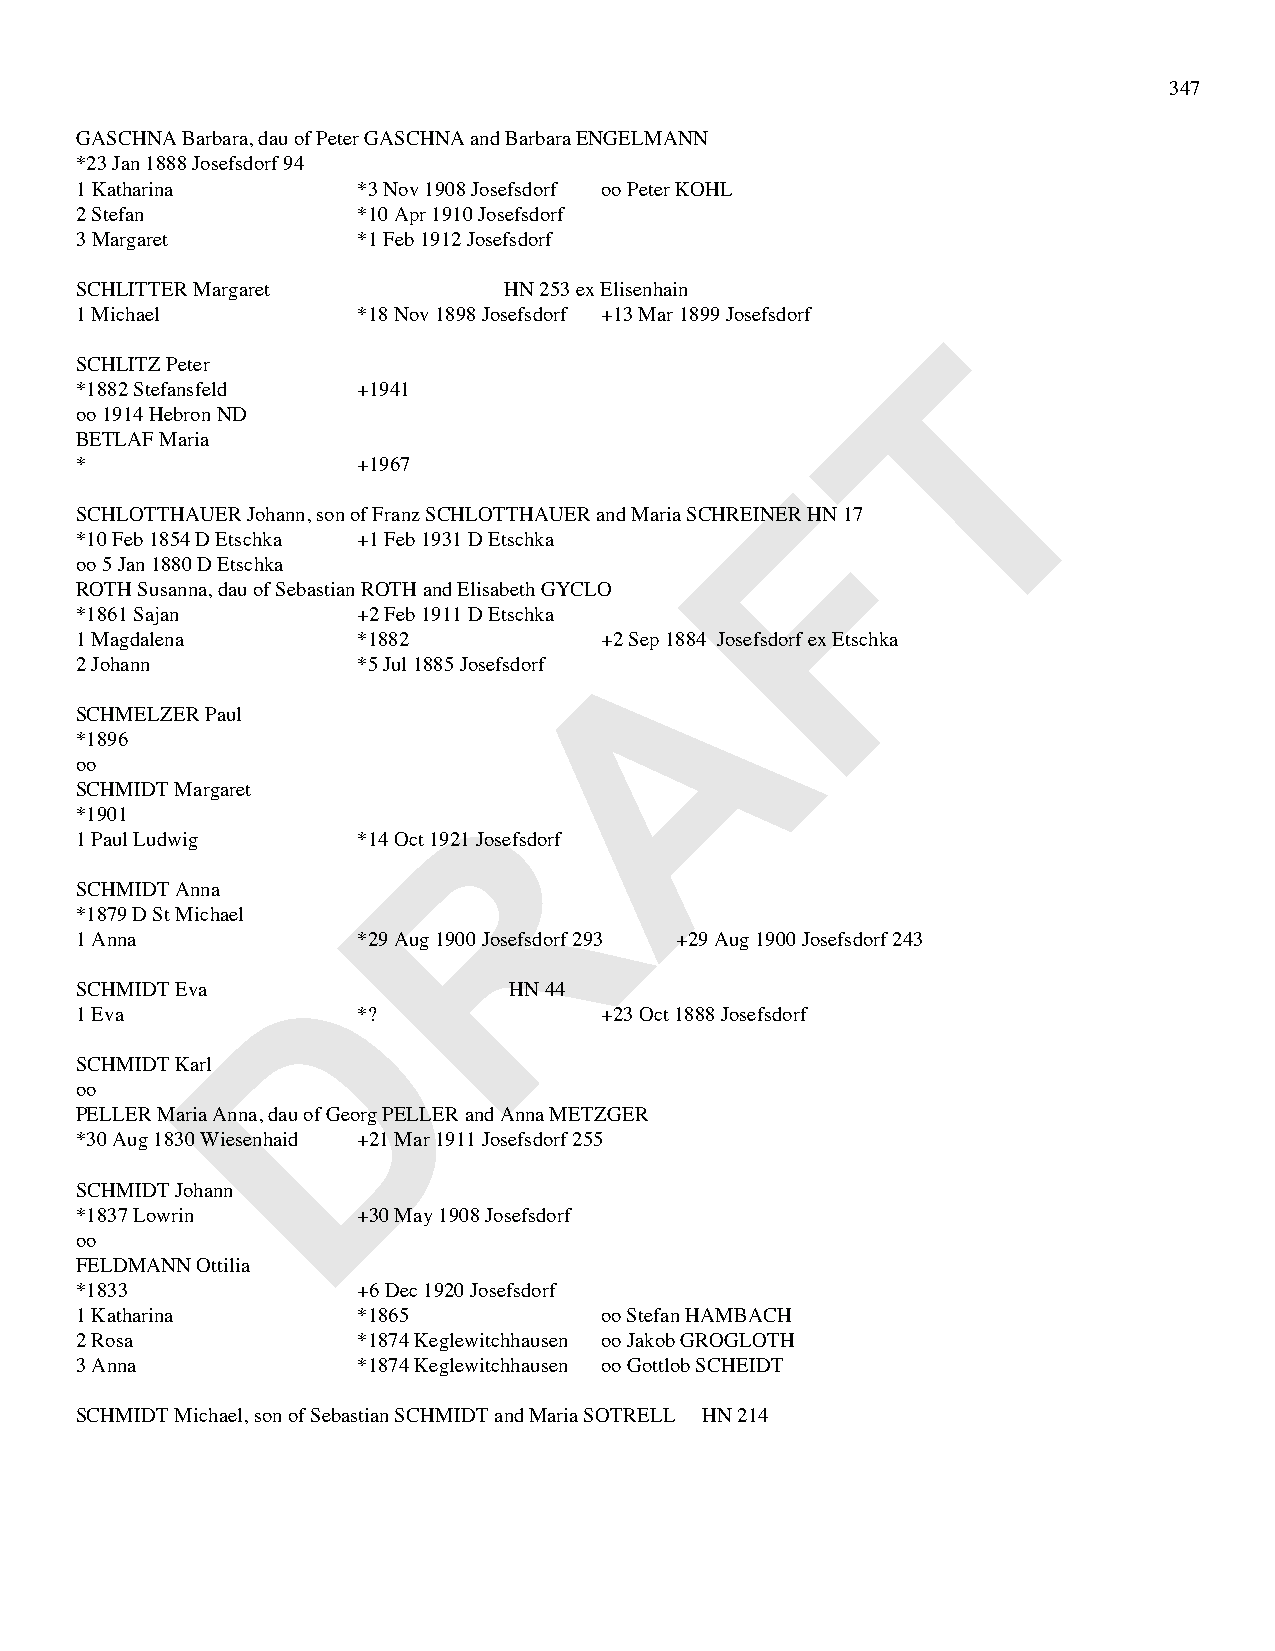
347
 GASCHNA Barbara, dau of Peter GASCHNA and Barbara ENGELMANN
 *23 Jan 1888 Josefsdorf 94
 1 Katharina        *3 Nov 1908 Josefsdorf oo Peter KOHL
 2 Stefan           *10 Apr 1910 Josefsdorf
 3 Margaret         *1 Feb 1912 Josefsdorf
 SCHLITTER Margaret          HN 253 ex Elisenhain
 1 Michael          *18 Nov 1898 Josefsdorf +13 Mar 1899 Josefsdorf
 T
 SCHLITZ Peter
 *1882 Stefansfeld  +1941
 oo 1914 Hebron ND
 BETLAF Maria
 *                  +1967                       F
 SCHLOTTHAUER Johann, son of Franz SCHLOTTHAUER and Maria SCHREINER HN 17
 *10 Feb 1854 D Etschka +1 Feb 1931 D Etschka
 oo 5 Jan 1880 D Etschka
 ROTH Susanna, dau of Sebastian ROTH and Elisabeth GYCLO
 *1861 Sajan        +2 Feb 1911 D Etschka A
 1 Magdalena        *1882           +2 Sep 1884 Josefsdorf ex Etschka
 2 Johann           *5 Jul 1885 Josefsdorf
 SCHMELZER Paul
 *1896
 oo
 R
 SCHMIDT Margaret
 *1901
 1 Paul Ludwig      *14 Oct 1921 Josefsdorf
 SCHMIDT Anna
 *1879 D St Michael
 1 Anna             *29 Aug 1900 Josefsdorf 293 +29 Aug 1900 Josefsdorf 243
 D
 SCHMIDT Eva                  HN 44
 1 Eva              *?              +23 Oct 1888 Josefsdorf
 SCHMIDT Karl
 oo
 PELLER Maria Anna, dau of Georg PELLER and Anna METZGER
 *30 Aug 1830 Wiesenhaid +21 Mar 1911 Josefsdorf 255
 SCHMIDT Johann
 *1837 Lowrin       +30 May 1908 Josefsdorf
 oo
 FELDMANN Ottilia
 *1833              +6 Dec 1920 Josefsdorf
 1 Katharina        *1865           oo Stefan HAMBACH
 2 Rosa             *1874 Keglewitchhausen oo Jakob GROGLOTH
 3 Anna             *1874 Keglewitchhausen oo Gottlob SCHEIDT
 SCHMIDT Michael, son of Sebastian SCHMIDT and Maria SOTRELL HN 214